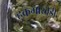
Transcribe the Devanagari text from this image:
हुकमाखेड़ी